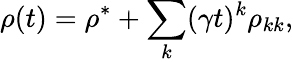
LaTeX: \rho(t)=\rho^{*}+\sum_{k}(\gamma t)^{k}\rho_{kk},